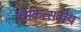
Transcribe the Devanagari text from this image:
चिकित्सवीय